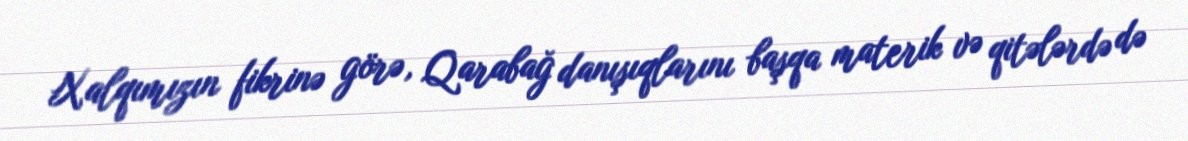
Xalqımızın fikrinə görə, Qarabağ danışıqlarını başqa materik və qitələrdə də